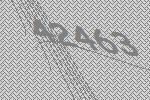
42463